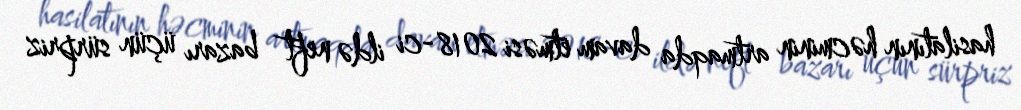
hasilatının həcminin artmaqda davam etməsi 2018-ci ildə neft bazarı üçün sürpriz